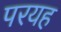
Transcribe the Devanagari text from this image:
परयह